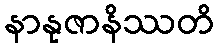
နာနုဇာနိဿတိ